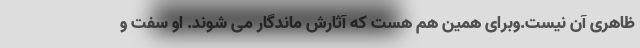
ظاهری آن نیست.وبرای همین هم هست که آثارش ماندگار می شوند. او سفت و